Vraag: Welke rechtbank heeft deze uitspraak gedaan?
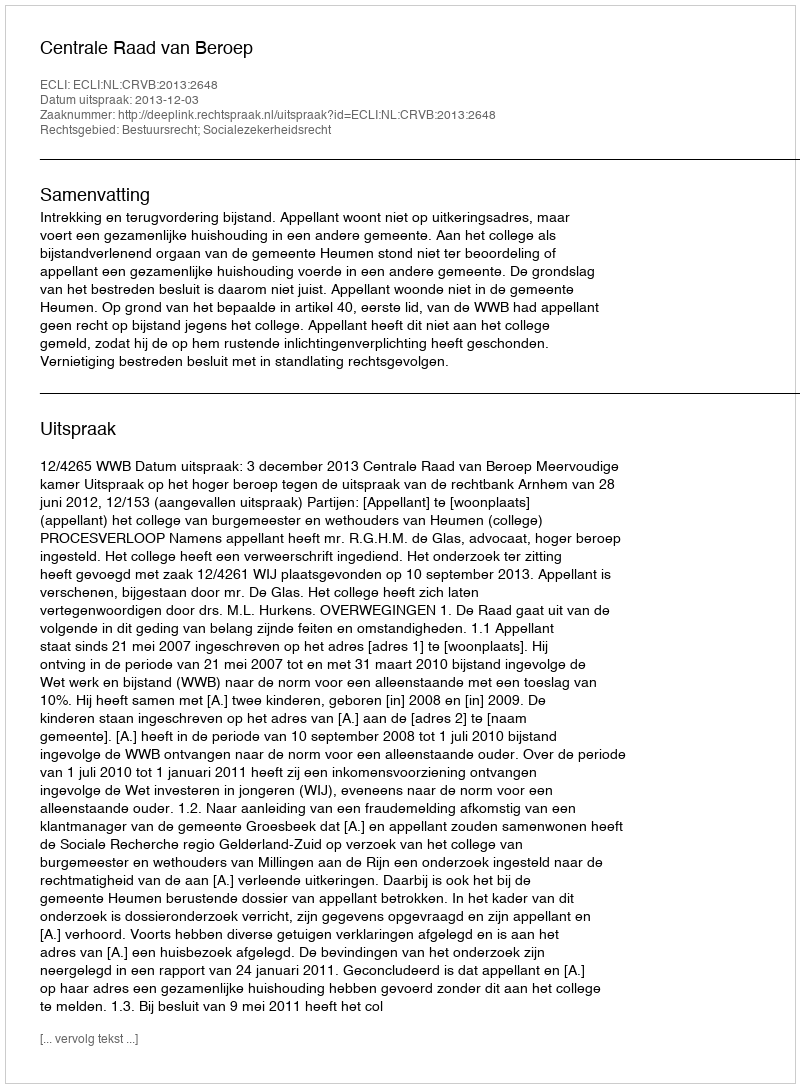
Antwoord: Centrale Raad van Beroep